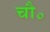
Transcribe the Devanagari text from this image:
चौ॰